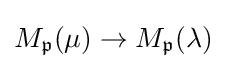
M_{\mathfrak {p}}(\mu )\rightarrow M_{\mathfrak {p}}(\lambda )